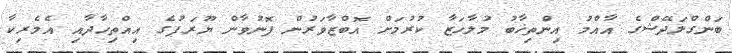
ބަންގްލަދޭޝްގެ އާއްމު އިންތިޚާބު މުލާހަޒާ ކުރުމަށް އޮބްޒާވަރުން ފޮނުވާން ޔޫރަޕުގެ އިއްތިހާދާއި އެމެރިކާ